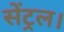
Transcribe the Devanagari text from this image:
सेंट्रल।